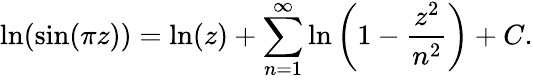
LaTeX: \ln(\sin(\pi z))=\ln(z)+\displaystyle\sum_{n=1}^{\infty}\ln\left(1-{\frac{z^{2}}{n^{2}}}\right)+C.